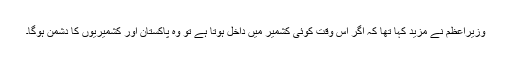
وزیراعظم نے مزید کہا تھا کہ اگر اس وقت کوئی کشمیر میں داخل ہوتا ہے تو وہ پاکستان اور کشمیریوں کا دشمن ہوگا۔